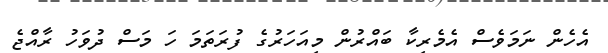
އެހެން ނަމަވެސް އެމެރިކާ ބައްރުން މިއަހަރުގެ ފުރަތަމަ ހަ މަސް ދުވަހު ރާއްޖެ